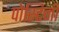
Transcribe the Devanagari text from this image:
पोस्टिनी